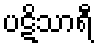
ပဋိသာရီ